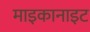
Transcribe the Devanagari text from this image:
माइकानाइट